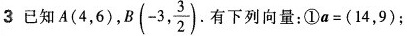
3已知A(4，6)，B(-3, \frac{3}{2}) 有下列向量：①$$a = ( 1 4 ， 9 )$$；